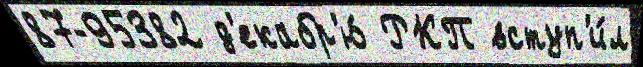
87-95382 д'екабр'ю́ РКП вступ'и́л